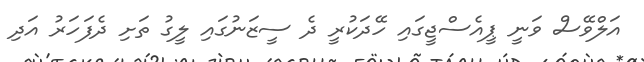
އަލްވޭސް ވަނީ ޕީއެސްޖީގައި ހޭދަކުރީ ދެ ސީޒަނުގައި ލީގު ތަށި ދެފަހަރު އަދި